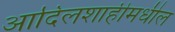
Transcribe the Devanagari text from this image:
आदिलशाहीमधील